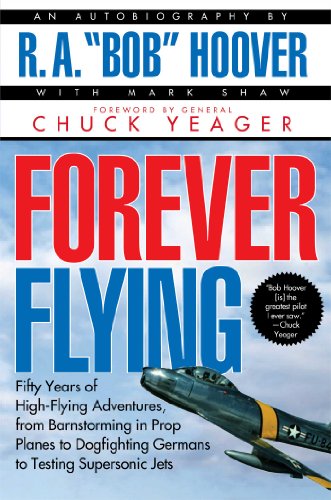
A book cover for Forever Flying: Fifty Years of High-flying Adventures, From Barnstorming in Prop Planes to Dogfighting Germans to Testing Supersonic Jets, An Autobiography; Bob Hoover; History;